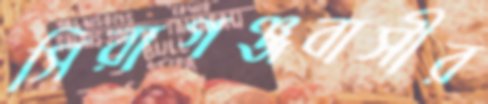
সিরাগঞ্জবাসীর